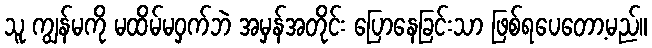
သူ ကျွန်မကို မထိမ်မဝှက်ဘဲ အမှန်အတိုင်း ပြောနေခြင်းသာ ဖြစ်ရပေတော့မည်။